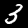
Digit: 3